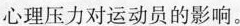
心理压力对运动员的影响。